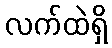
လက်ထဲရှိ